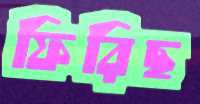
ফিরিছ